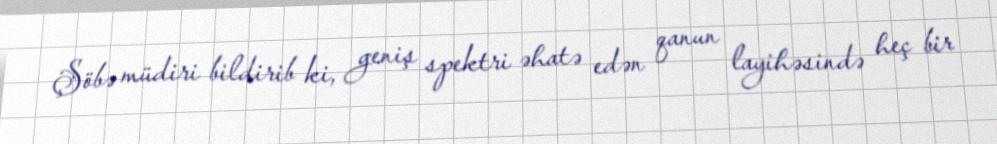
Şöbə müdiri bildirib ki, geniş spektri əhatə edən qanun layihəsində heç bir